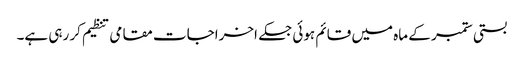
بستی ستمبر کے ماہ میں قائم ہوئی جسکے اخراجات مقامی تنظیم کر رہی ہے۔